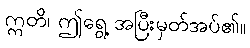
ဣတိ၊ ဤရွေ့ အပြီးမှတ်အပ်၏။